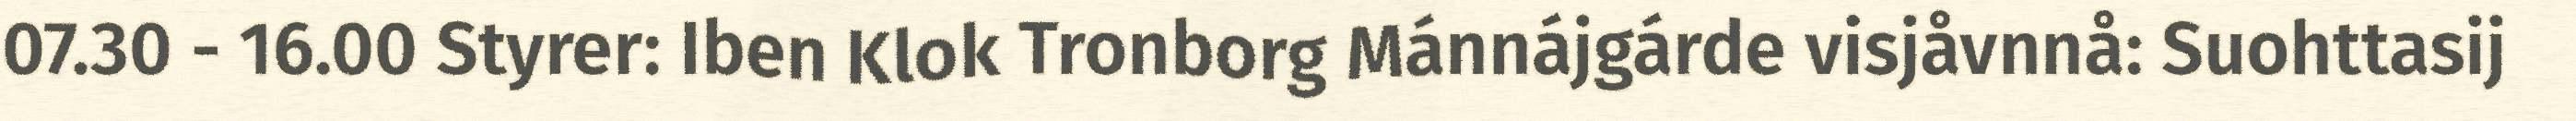
07.30 - 16.00 Styrer: Iben Klok Tronborg Mánnájgárde visjåvnnå: Suohttasij